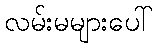
လမ်းမများပေါ်